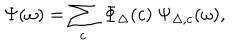
\Psi ( \omega ) = \sum _ { c } \ \Phi _ { \Delta } ( c ) \ \Psi _ { \Delta , c } ( \omega ) ,